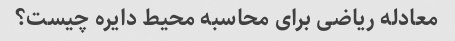
معادله ریاضی برای محاسبه محیط دایره چیست؟